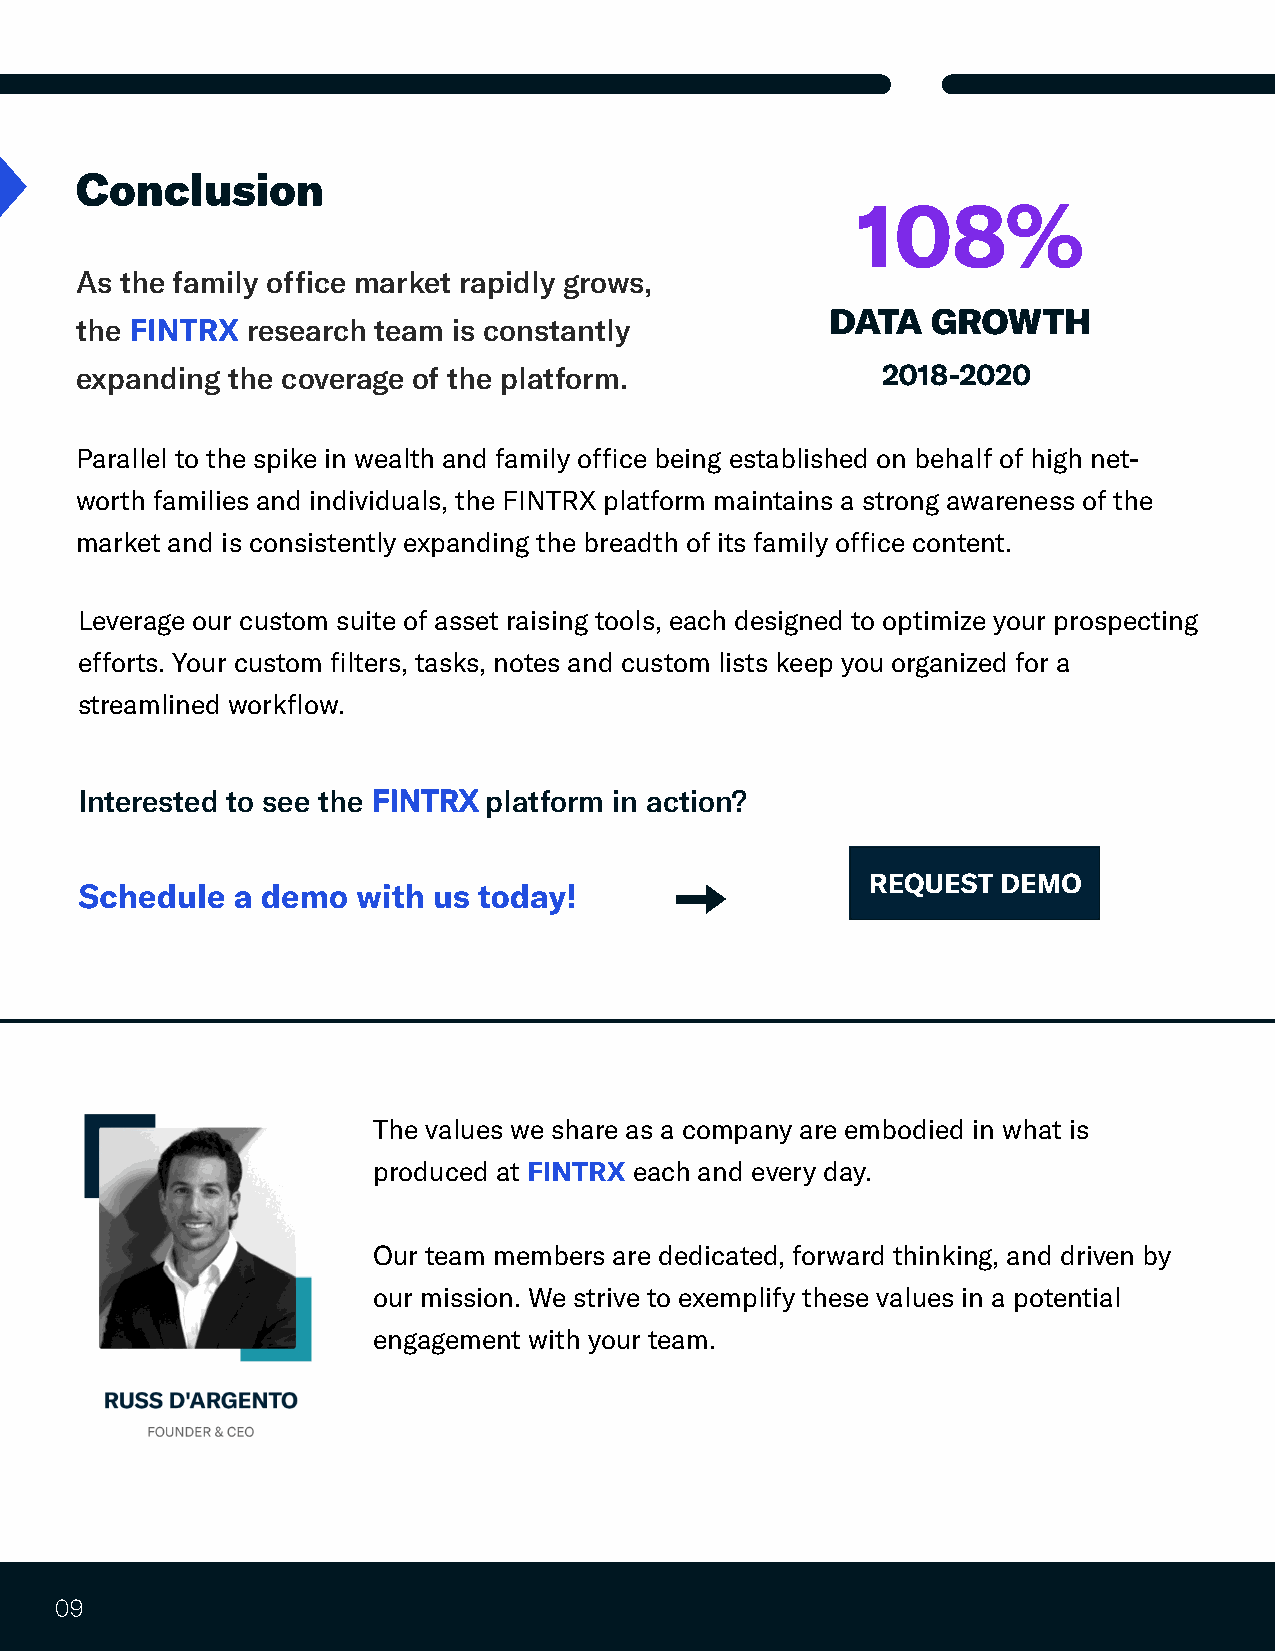
Conclusion
 108%
 As the family office market rapidly grows,
 DATA   GROWTH
 FINTRX
 the        research team is constantly
 2018-2020
 expanding the coverage of the platform.
 Parallel to the spike in wealth and family office being established on behalf of high net-
 worth families and individuals, the FINTRX platform maintains a strong awareness of the
 market and is consistently expanding the breadth of its family office content.
 Leverage our custom suite of asset raising tools, each designed to optimize your prospecting
 efforts. Your custom filters, tasks, notes and custom lists keep you organized for a
 streamlined workflow.
 Interested to see the FINTRX platform in action?
 REQUEST DEMO
 Schedule  a demo   with us today!
 The values we share as a company are embodied in what is
 FINTRX
 produced at      each and every day.
 Our team members are dedicated, forward thinking, and driven by
 our mission. We strive to exemplify these values in a potential
 engagement with your team.
 09